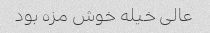
عالی خیله خوش مزه بود